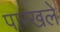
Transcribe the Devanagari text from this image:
पारखले